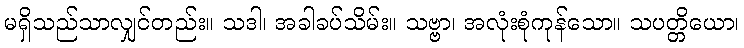
မရှိသည်သာလျှင်တည်း။ သဒါ၊ အခါခပ်သိမ်း။ သဗ္ဗာ၊ အလုံးစုံကုန်သော။ သပတ္တိယော၊